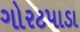
ગોરટપાડા